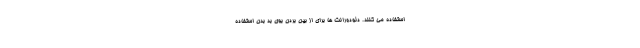
استفاده می کنند. دئودورانت ها برای از بین بردن بوی بد بدن استفاده